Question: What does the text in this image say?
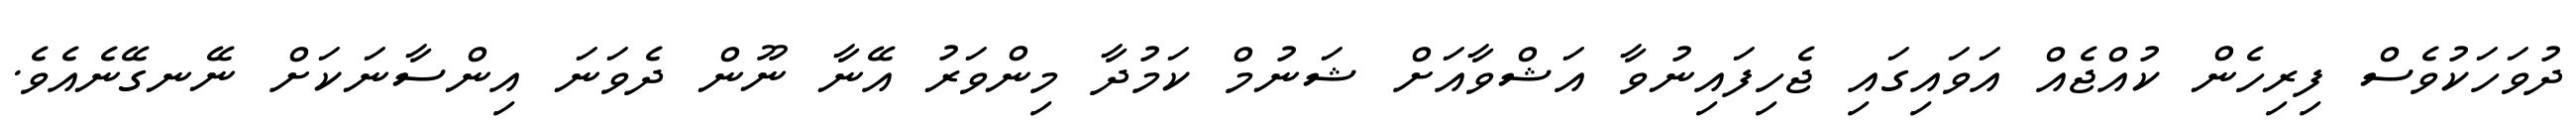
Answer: ދުވަހަކުވެސް ފިރިހެން ކުއްޖެއް އަވައިގައި ޖެހިފައިނުވާ އަޝްވާއަށް ޝަނުމް ކަމުދާ މިންވަރު އޭނާ ނޫން ދެވަނަ އިންސާނަކަށް ނޭނގޭނެއެވެ.